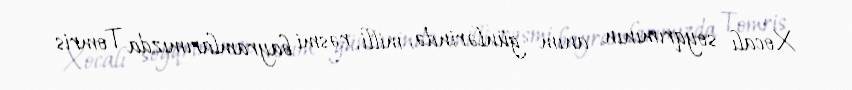
Xocalı soyqrımının anım günlərində, milli, rəsmi bayramlarımızda Tomris